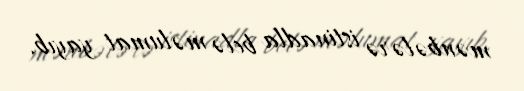
mənbələrə istinadla belə məlumat yayıb.